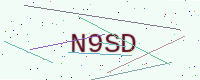
Text: N9SD